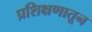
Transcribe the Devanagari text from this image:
प्रशिक्षणातून